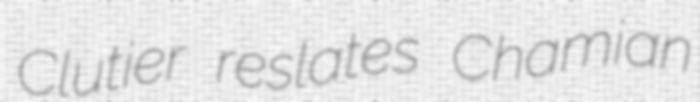
Clutier reslates Chamian